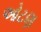
ઓટણ